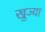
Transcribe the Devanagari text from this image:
खुज्या